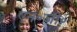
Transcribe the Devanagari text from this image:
एन॰जी॰